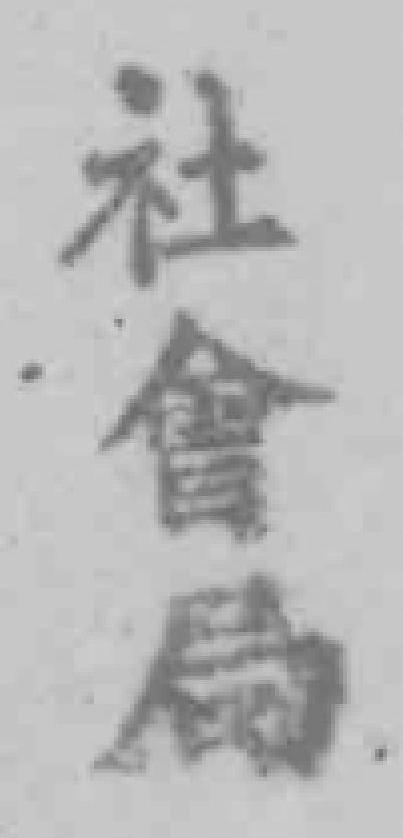
社會局